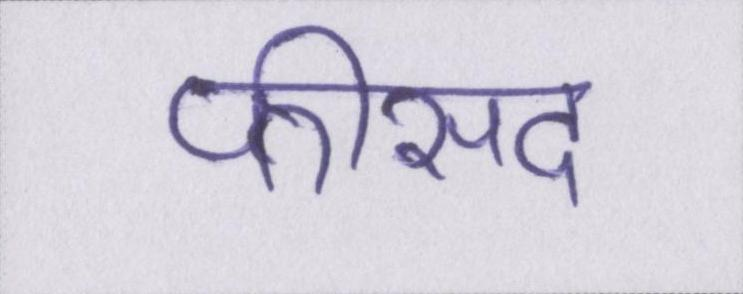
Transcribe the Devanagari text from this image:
फीसद